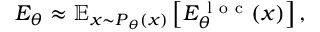
E _ { \theta } \approx \mathbb { E } _ { x \sim P { _ \theta ( x ) } } \left[ E _ { \theta } ^ { \mathrm { ~ l ~ o ~ c ~ } } ( x ) \right] ,